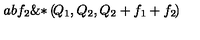
{ a } { b } { { f } _ { 2 } } \mathrm { \& * } \left( \! { { Q } _ { 1 } } , { { Q } _ { 2 } } , { { Q } _ { 2 } } + { { f } _ { 1 } } + { { f } _ { 2 } } \! \right)